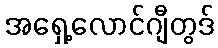
အရှေ့လောင်ဂျီတွဒ်